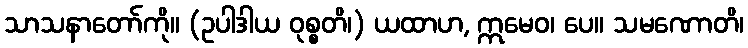
သာသနာတော်ကို။ (ဥပါဒါယ ဝုစ္စတိ၊) ယထာဟ, ဣမေဝ၊ ပေ။ သမဏောတိ၊